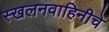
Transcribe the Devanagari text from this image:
स्खलनवाहिनीचे